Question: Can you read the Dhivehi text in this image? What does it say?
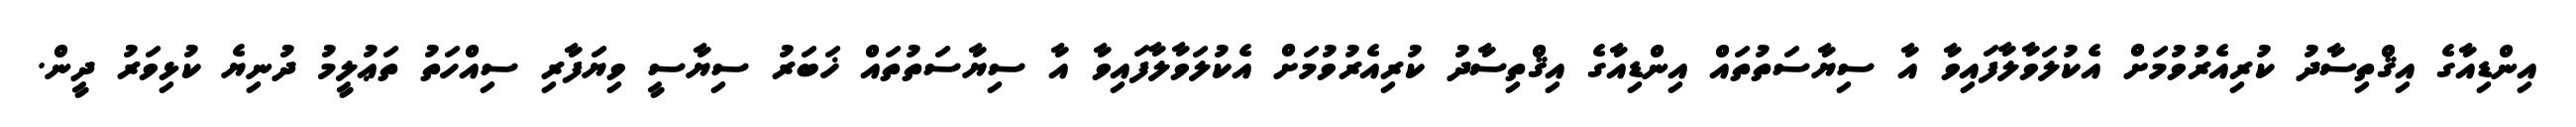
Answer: އިންޑިއާގެ އިޤްތިސާދު ކުރިއެރުވުމަށް އެކުލަވާލާފައިވާ އާ ސިޔާސަތުތައް އިންޑިއާގެ އިޤްތިސާދު ކުރިއެރުވުމަށް އެކުލަވާލާފައިވާ އާ ސިޔާސަތުތައް ޚަބަރު ސިޔާސީ ވިޔަފާރި ސިއްހަތު ތަޢުލީމު ދުނިޔެ ކުޅިވަރު ދީން.